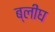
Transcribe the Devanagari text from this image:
ब्लीघ